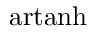
\operatorname { a r t a n h }